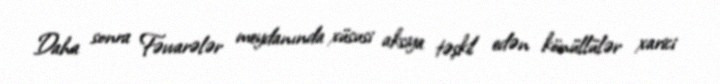
Daha sonra Fəvvarələr meydanında xüsusi aksiya təşkil edən könüllülər xarici